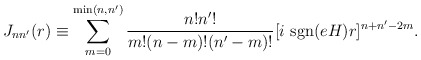
\begin{align*}J_{nn'}(r) \equiv \sum_{m=0}^{{\rm min} (n,n')} \frac{n! n'!}{m! (n-m)!(n'-m)!} [i~{\rm sgn}(eH)r]^{n+n'-2m}.\end{align*}